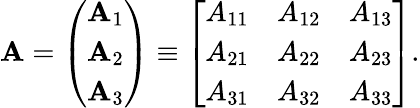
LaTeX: \mathbf{A}=\left(\begin{array}{l}{\mathbf{A}_{1}}\\ {\mathbf{A}_{2}}\\ {\mathbf{A}_{3}}\end{array}\right)\equiv\left[\begin{array}{lll}{A_{11}}&{A_{12}}&{A_{13}}\\ {A_{21}}&{A_{22}}&{A_{23}}\\ {A_{31}}&{A_{32}}&{A_{33}}\end{array}\right].